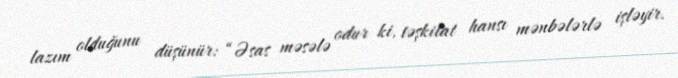
lazım olduğunu düşünür: “Əsas məsələ odur ki, təşkilat hansı mənbələrlə işləyir.